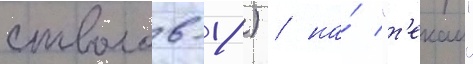
стволов-18) / на́ "т'екаи"